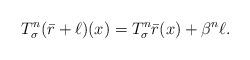
LaTeX: \begin{align*} T_\sigma^n(\bar r + \ell) (x) = T_\sigma^n \bar r(x) + \beta^n \ell. \end{align*}